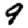
Digit: 9